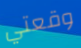
وقعتي